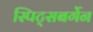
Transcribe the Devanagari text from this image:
स्पिट्सबर्गेन